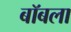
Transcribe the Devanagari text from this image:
बॉबला